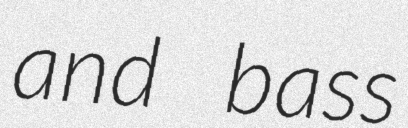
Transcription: and bass